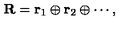
{ \bf R } = { \bf r } _ { 1 } \oplus { \bf r } _ { 2 } \oplus \cdots ,